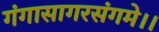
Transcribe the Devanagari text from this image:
गंगासागरसंगमे।।